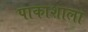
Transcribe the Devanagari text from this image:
पाकाशाला